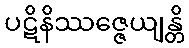
ပဋိနိဿဇ္ဇေယျန္တိ